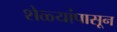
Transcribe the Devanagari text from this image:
शेळ्यांपासून